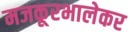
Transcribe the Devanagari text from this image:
मजकूरभालेकर